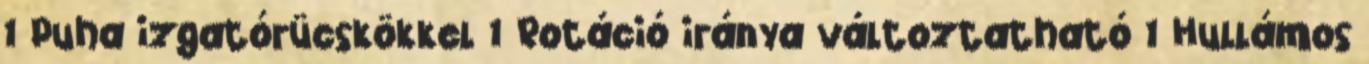
1 Puha izgatórücskökkel 1 Rotáció iránya változtatható 1 Hullámos